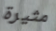
مثيرة